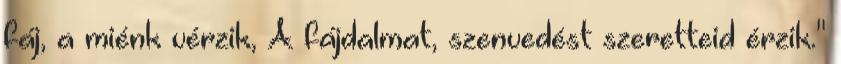
fáj, a miénk vérzik, A fájdalmat, szenvedést szeretteid érzik."